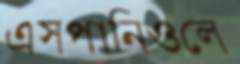
এসপানিওলে